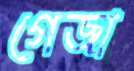
গেজা